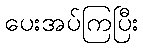
ပေးအပ်ကြပြီး